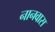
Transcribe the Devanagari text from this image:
नानवास